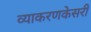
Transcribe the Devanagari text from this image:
व्याकरणकेसरी